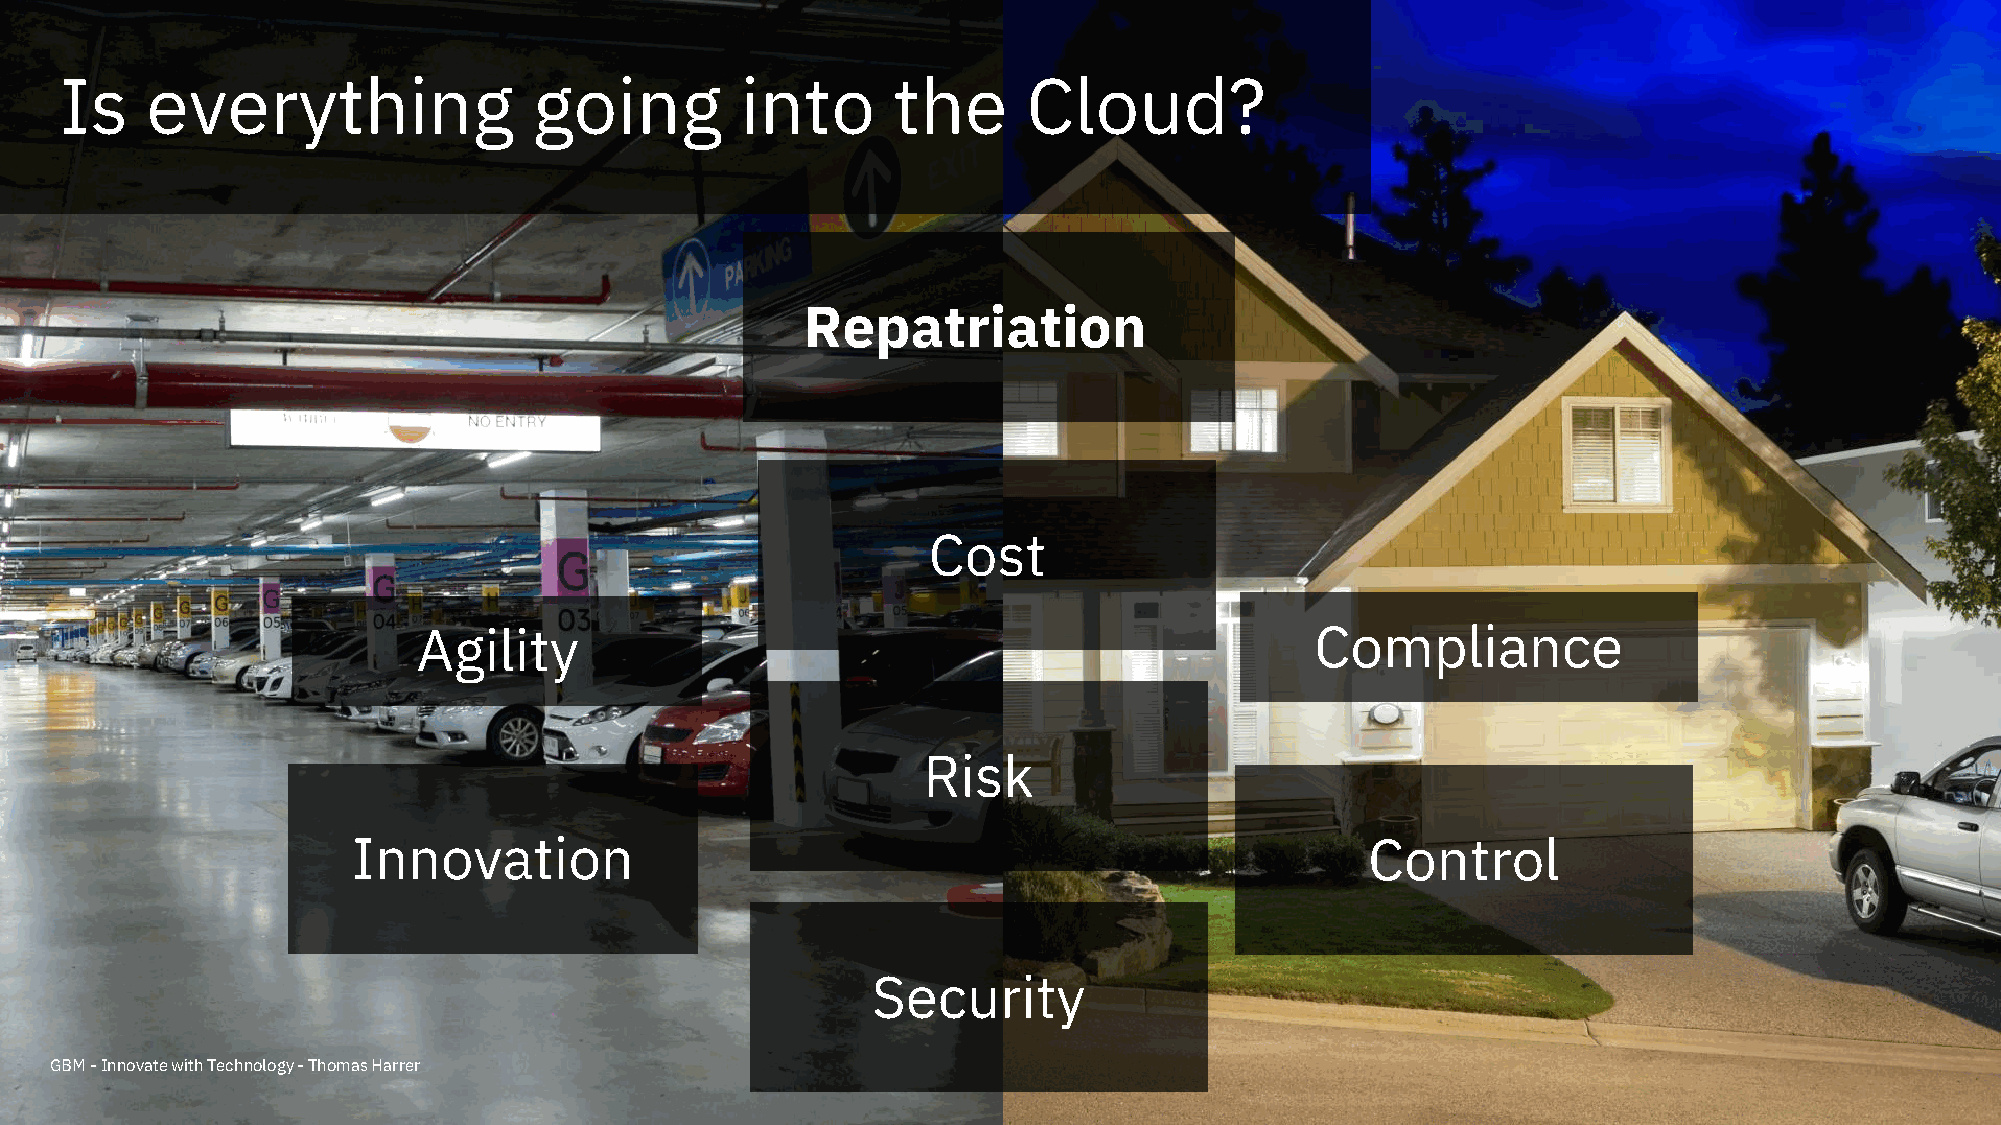
Is    everything               going         into      the      Cloud?
 Repatriation
 Cost
 Agility                                                    Compliance
 Risk
 Innovation                                                          Control
 Security
 GBM -Innovate with Technology -Thomas Harrer